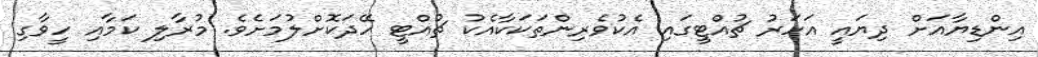
އިންޑިޔާއަށް ދިޔައީ އަހަރު ޗުއްޓީގައި އެކުވެރިންތަކަކާއެކު ޗުއްޓީ ހޭދަކޮށްލުމަށެވެ. މުރާލި ކަމާއި ހީވާގި